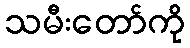
သမီးတော်ကို